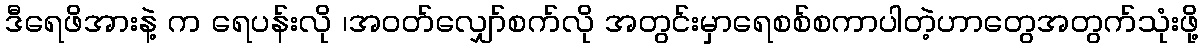
ဒီရေဖိအားနဲ့ က ရေပန်းလို ၊အဝတ်လျှော်စက်လို အတွင်းမှာရေစစ်စကာပါတဲ့ဟာတွေအတွက်သုံးဖို့